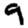
Digit: 9